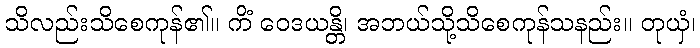
သိလည်းသိစေကုန်၏။ ကိံ ဝေဒယန္တိ၊ အဘယ်သို့သိစေကုန်သနည်း။ တုယှံ၊